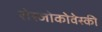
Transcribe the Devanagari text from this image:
रोस्‍जोकोवेस्‍की